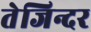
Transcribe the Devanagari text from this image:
तेजिन्दर